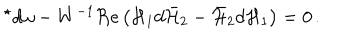
{ } ^ { \star } d \omega - W ^ { - 1 } \Re \mathrm { e } \left( { \cal H } _ { 1 } d \bar { \cal H } _ { 2 } - \bar { \cal H } _ { 2 } d { \cal H } _ { 1 } \right) = 0 \, .